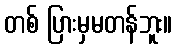
တစ် ပြားမှမတန်ဘူး။